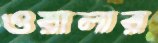
ওয়ালার